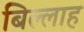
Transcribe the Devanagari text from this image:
बिल्लाह